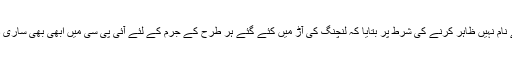
‘ انہوں نے نام نہیں ظاہر کرنے کی شرط پر بتایا کہ لنچنگ کی آڑ میں کئے گئے ہر طرح کے جرم کے لئے آئی پی سی میں ابھی بھی ساری دفعات ہیں۔